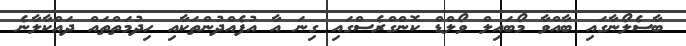
ބާސެލޯނާގައި ބާއްވާ މޯބައިލް ވޯލްޑް ކޮންގްރެސްގައި ގިނަ އާ އުފެއްދުންތަކާއި ހިދުމަތްތައް ދައްކާލާނެ